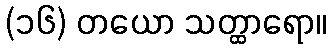
(၁၆) တယော သတ္ထာရော။